Lunatic asylums in Bengal annual reports 1888-1898 - 1888-1898
Year: 1888
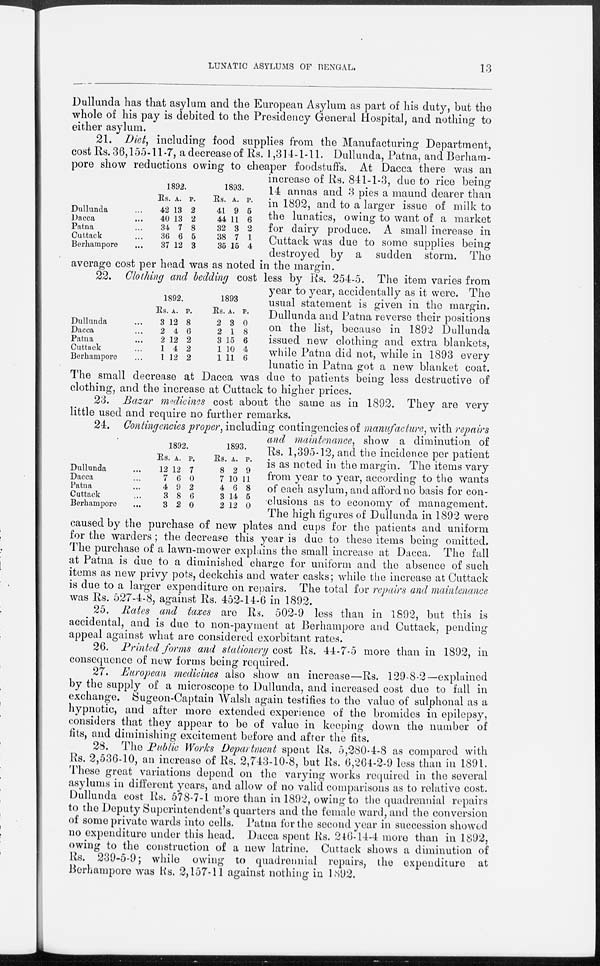
LUNATIC ASYLUMS OF BENGAL.
13
Dullunda has that asylum and the European Asylum as part of his duty, but the
whole of his pay is debited to the Presidency General Hospital, and nothing to
either asylum.
Dullunda ...
Dacca
...
Patna ...
Cuttack ...
Berhampore ...
1892.
Rs.
42
40
34
36
37
A.
13
13
7
6
12
P.
2
2
8
5
3
1893.
Rs.
41
44
32
38
35
A.
9
11
3
7
15
P.
5
6
2
1
4
21. Diet, including food supplies from the Manufacturing Department,
cost Rs. 36,155-11-7, a decrease of Rs. 1,314-1-11. Dullunda, Patna, and Berham-
pore show reductions owing to cheaper foodstuffs. At Dacca there was an
increase of Rs. 841-1-3, due to rice being
14 annas and 3 pies a maund dearer than
in 1892, and to a larger issue of milk to
the lunatics, owing to want of a market
for dairy produce. A small increase in
Cuttack was due to some supplies being
destroyed by a sudden storm. The
average cost per head was as noted in the margin.
Dullunda ...
Dacca ...
Patna ...
Cuttack ...
Berhampore ...
1892.
Rs.
3
2
2
1
1
A.
12
4
12
4
12
P.
8
6
2
2
2
1893
Rs.
2
2
3
1
1
A.
3
1
15
10
11
P.
0
8
6
4
6
22. Clothing and bedding cost less by Rs. 254-5. The item varies from
year to year, accidentally as it were. The
usual statement is given in the margin.
Dullunda and Patna reverse their positions
on the list, because in 1892 Dullunda
issued new clothing and extra blankets,
while Patna did not, while in 1893 every
lunatic in Patna got a new blanket coat.
The small decrease at Dacca was due to patients being less destructive of
clothing, and the increase at Cuttack to higher prices.
23. Bazar medicines cost about the same as in 1892. They are very
little used and require no further remarks.
Dullunda ...
Dacca ...
Patna ...
Cuttack ...
Berhampore ...
1892.
Rs.
12
7
4
3
3
A.
12
6
9
8
2
P.
7
0
2
6
0
1893.
Rs.
8
7
4
3
2
A.
2
10
6
14
12
P.
9
11
8
5
0
24. Contingencies proper, including contingencies of manufacture, with repairs
and maintenance, show a diminution of
Rs. 1,395-12, and the incidence per patient
is as noted in the margin. The items vary
from year to year, according to the wants
of each asylum, and afford no basis for con-
clusions as to economy of management.
The high figures of Dullunda in 1892 were
caused by the purchase of new plates and cups for the patients and uniform
for the warders; the decrease this year is due to these items being omitted.
The purchase of a lawn-mower explains the small increase at Dacca. The fall
at Patna is due to a diminished charge for uniform and the absence of such
items as new privy pots, deckchis and water casks; while the increase at Cuttack
is due to a larger expenditure on repairs. The total for repairs and maintenance
was Rs. 527-4-8, against Rs. 452-14-6 in 1892.
25. Rates and taxes are Rs. 502-9 less than in 1892, but this is
accidental, and is due to non-payment at Berhampore and Cuttack, pending
appeal against what are considered exorbitant rates.
26. Printed forms and stationery cost Rs. 44-7-5 more than in 1892, in
consequence of new forms being required.
27. European medicines also show an increase—Rs. 129-8-2—explained
by the supply of a microscope to Dullunda, and increased cost due to fall in
exchange. Sugeon-Captain Walsh again testifies to the value of sulphonal as a
hypnotic, and after more extended experience of the bromides in epilepsy,
considers that they appear to be of value in keeping down the number of
fits, and diminishing excitement before and after the fits.
28. The Public Works Department spent Rs. 5,280-4-8 as compared with
Rs. 2,536-10, an increase of Rs. 2,743-10-8, but Rs. 6,264-2-9 less than in 1891.
These great variations depend on the varying works required in the several
asylums in different years, and allow of no valid comparisons as to relative cost.
Dullunda cost Rs. 578-7-1 more than in 1892, owing to the quadrennial repairs
to the Deputy Superintendent's quarters and the female ward, and the conversion
of some private wards into cells. Patna for the second year in succession showed
no expenditure under this head. Dacca spent Rs. 246-14-4 more than in 1892,
owing to the construction of a new latrine. Cuttack shows a diminution of
Rs. 239-5-9; while owing to quadrennial repairs, the expenditure at
Berhampore was Rs. 2,157-11 against nothing in 1892.